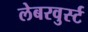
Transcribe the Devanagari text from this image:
लेबरवुर्स्ट